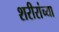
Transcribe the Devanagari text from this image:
शरीरांच्या